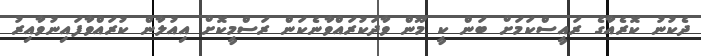
ދެކުނު ކޮރެއާގެ ރައީސްކަަމަށް ބަން ކީ މޫން ވާދަކުރައްވާނެކަން ރަސްމީކޮށް އިއުލާން ކުރައްވާފައިނުވާއިރު